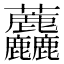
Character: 𧆓